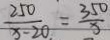
\frac { 2 5 0 } { x - 2 0 } = \frac { 3 5 0 } { x }